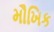
મૌખિક